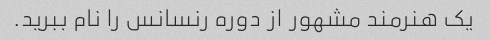
یک هنرمند مشهور از دوره رنسانس را نام ببرید.